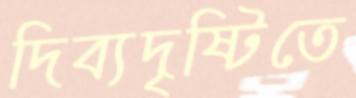
দিব্যদৃষ্টিতে